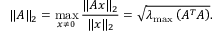
\| A \| _ { 2 } = \operatorname* { m a x } _ { x \neq 0 } \frac { \| A x \| _ { 2 } } { \| x \| _ { 2 } } = \sqrt { \lambda _ { \operatorname* { m a x } } \left( A ^ { T } A \right) } .